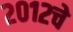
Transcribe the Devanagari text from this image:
२०१२चे